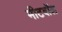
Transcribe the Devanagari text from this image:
मीटबॉल